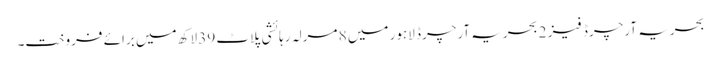
بحریہ آرچرڈ فیز 2 بحریہ آرچرڈ لاہور میں 8 مرلہ رہائشی پلاٹ 39 لاکھ میں برائے فروخت۔